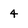
Character: 4